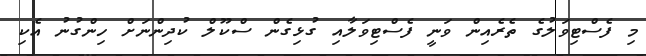
މި ފެސްޓިވަލުގެ ތެރެއިން ވަނީ ފެސްޓިވަލާއި ގުޅިގެން ސްކޫލް ކުދިންނަށް ހިންގުނު އެކި